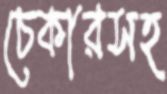
চেকারসহ